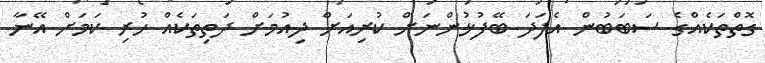
ގޮތްތަކެއްގެ ސަބަބުން އެފަަދަ ބޭފުޅުންނަށް ކުރިއަށް ދިއުމަށް ދަތިތަކެއް ހުރި ކަމަށް އޭނާ